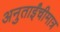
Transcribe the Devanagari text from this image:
अनुताईंचीमात्र